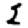
Digit: 2